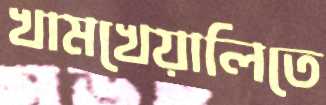
খামখেয়ালিতে